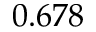
0 . 6 7 8